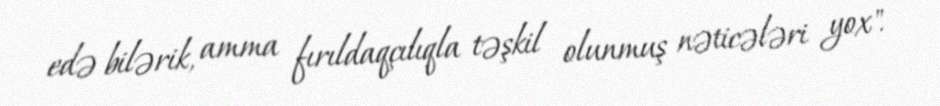
edə bilərik, amma fırıldaqçılıqla təşkil olunmuş nəticələri yox".